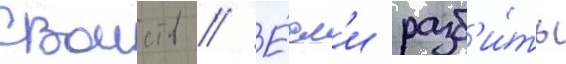
своиств // Е́сл'и разб'и́ть